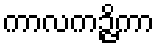
ကာလကဉ္ဇိကာ